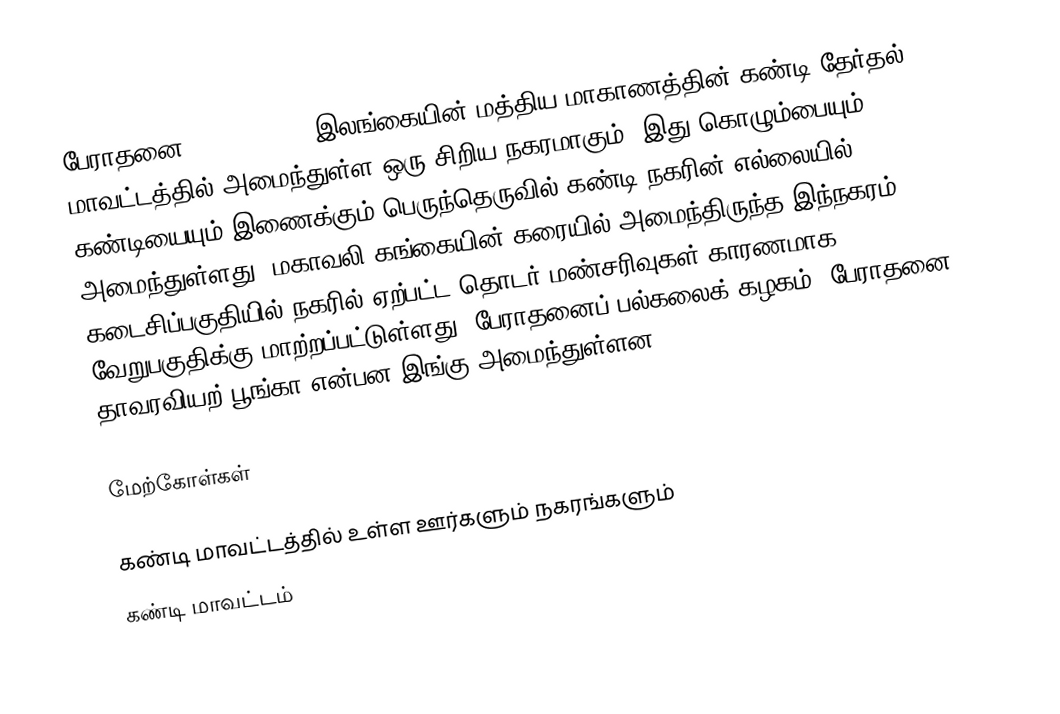
பேராதனை (Peradeniya) இலங்கையின் மத்திய மாகாணத்தின் கண்டி தேர்தல் மாவட்டத்தில் அமைந்துள்ள ஒரு சிறிய நகரமாகும். இது கொழும்பையும் கண்டியையும் இணைக்கும் பெருந்தெருவில் கண்டி நகரின் எல்லையில் அமைந்துள்ளது. மகாவலி கங்கையின் கரையில் அமைந்திருந்த இந்நகரம் 2006 கடைசிப்பகுதியில் நகரில் ஏற்பட்ட தொடர் மண்சரிவுகள் காரணமாக வேறுபகுதிக்கு மாற்றப்பட்டுள்ளது. பேராதனைப் பல்கலைக் கழகம், பேராதனை தாவரவியற் பூங்கா என்பன இங்கு அமைந்துள்ளன.

மேற்கோள்கள்

கண்டி மாவட்டத்தில் உள்ள ஊர்களும் நகரங்களும்
கண்டி மாவட்டம்